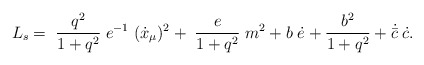
\begin{align*}L_{s} = \; \frac{q^2}{1 + q^2}\; e^{-1} \; ( \dot x_{\mu})^2+ \; \frac{e}{1 + q^2}\; m^2+ b\; \dot e + \frac{b^2}{1+q^2} + \dot {\bar c}\; \dot c.\end{align*}